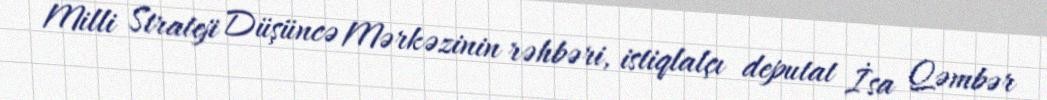
Milli Strateji Düşüncə Mərkəzinin rəhbəri, istiqlalçı deputat İsa Qəmbər